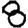
Digit: 8